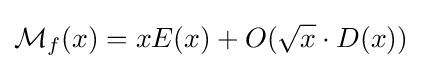
{\mathcal {M}}_{f}(x)=xE(x)+O({\sqrt {x}}\cdot D(x))